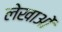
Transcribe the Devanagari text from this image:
लेखाओं